Vaccination in Bombay 1863-1868 - 1863-1868
Year: 1863
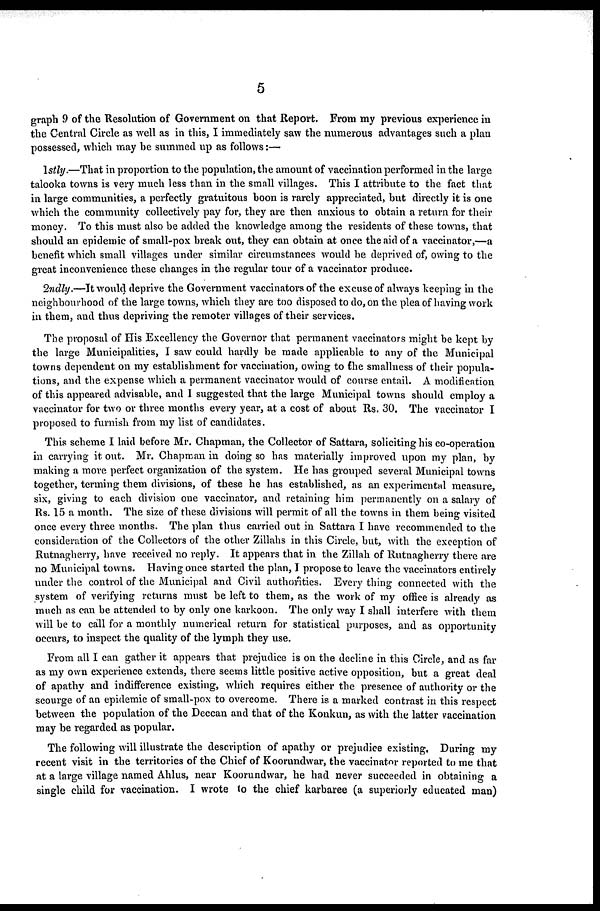
5
graph 9 of the Resolution of Government on that Report. From my previous experience in
the Central Circle as well as in this, I immediately saw the numerous advantages such a plan
possessed, which may be summed up as follows:—
1stly.—That in proportion to the population, the amount of vaccination performed in the large
talooka towns is very much less than in the small villages. This I attribute to the fact that
in large communities, a perfectly gratuitous boon is rarely appreciated, but directly it is one
which the community collectively pay for, they are then anxious to obtain a return for their
money. To this must also be added the knowledge among the residents of these towns, that
should an epidemic of small-pox break out, they can obtain at once the aid of a vaccinator,—a
benefit which small villages under similar circumstances would be deprived of, owing to the
great inconvenience these changes in the regular tour of a vaccinator produce.
2ndly.—It would deprive the Government vaccinators of the excuse of always keeping in the
neighbourhood of the large towns, which they are too disposed to do, on the plea of having work
in them, and thus depriving the remoter villages of their services.
The proposal of His Excellency the Governor that permanent vaccinators might be kept by
the large Municipalities, I saw could hardly be made applicable to any of the Municipal
towns dependent on my establishment for vaccination, owing to the smallness of their popula-
tions, and the expense which a permanent vaccinator would of course entail. A modification
of this appeared advisable, and I suggested that the large Municipal towns should employ a
vaccinator for two or three months every year, at a cost of about Rs. 30. The vaccinator I
proposed to furnish from my list of candidates.
This scheme I laid before Mr. Chapman, the Collector of Sattara, soliciting his co-operation
in carrying it out. Mr. Chapman in doing so has materially improved upon my plan, by
making a more perfect organization of the system. He has grouped several Municipal towns
together, terming them divisions, of these he has established, as an experimental measure,
six, giving to each division one vaccinator, and retaining him permanently on a salary of
Rs. 15 a month. The size of these divisions will permit of all the towns in them being visited
once every three months. The plan thus carried out in Sattara I have recommended to the
consideration of the Collectors of the other Zillahs in this Circle, but, with the exception of
Rutnagherry, have received no reply. It appears that in the Zillah of Rutnagherry there are
no Municipal towns. Having once started the plan, I propose to leave the vaccinators entirely
under the control of the Municipal and Civil authorities. Every thing connected with the
system of verifying returns must be left to them, as the work of my office is already as
much as can be attended to by only one karkoon. The only way I shall interfere with them
will be to call for a monthly numerical return for statistical purposes, and as opportunity
occurs, to inspect the quality of the lymph they use.
From all I can gather it appears that prejudice is on the decline in this Circle, and as far
as my own experience extends, there seems little positive active opposition, but a great deal
of apathy and indifference existing, which requires either the presence of authority or the
scourge of an epidemic of small-pox to overcome. There is a marked contrast in this respect
between the population of the Deccan and that of the Konkun, as with the latter vaccination
may be regarded as popular.
The following will illustrate the description of apathy or prejudice existing, During my
recent visit in the territories of the Chief of Koorundwar, the vaccinator reported to me that
at a large village named Ahlus, near Koorundwar, he had never succeeded in obtaining a
single child for vaccination. I wrote to the chief karbaree (a superiorly educated man)